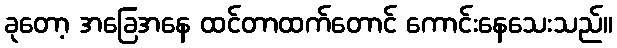
ခုတော့ အခြေအနေ ထင်တာထက်တောင် ကောင်းနေသေးသည်။